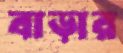
বাড়ার